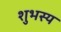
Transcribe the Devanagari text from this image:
शुभस्य